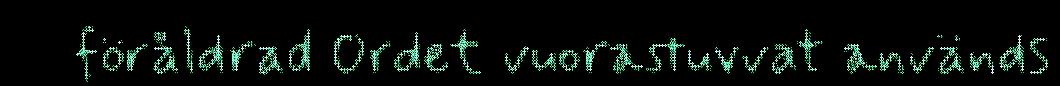
föråldrad Ordet vuorastuvvat används